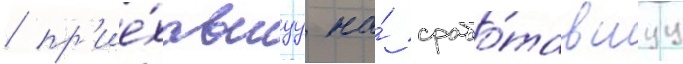
/ пр'ие́хавшуу на́ срабо́тавшуу